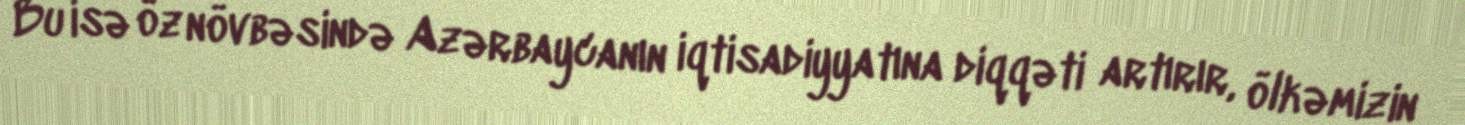
Bu isə öz növbəsində Azərbaycanın iqtisadiyyatına diqqəti artırır, ölkəmizin